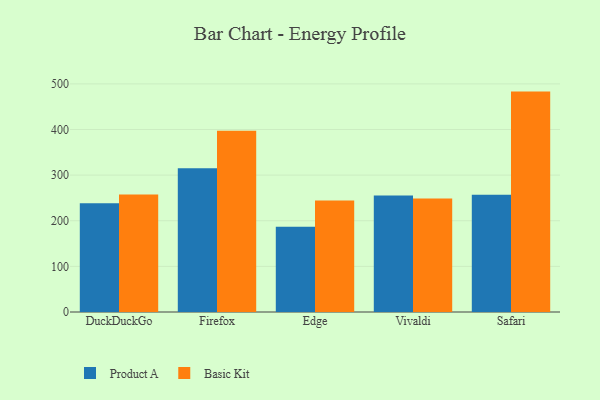
{"axis": {"x": "Browser", "y": "Energy Usage (MWh)"}, "legend": ["Basic Kit", "Product A"], "data": [{"x": "DuckDuckGo", "y": 238.2, "type": "Product A"}, {"x": "DuckDuckGo", "y": 257.4, "type": "Basic Kit"}, {"x": "Firefox", "y": 314.9, "type": "Product A"}, {"x": "Firefox", "y": 397.4, "type": "Basic Kit"}, {"x": "Edge", "y": 187.1, "type": "Product A"}, {"x": "Edge", "y": 244.6, "type": "Basic Kit"}, {"x": "Vivaldi", "y": 255.3, "type": "Product A"}, {"x": "Vivaldi", "y": 248.8, "type": "Basic Kit"}, {"x": "Safari", "y": 257.0, "type": "Product A"}, {"x": "Safari", "y": 483.1, "type": "Basic Kit"}]}